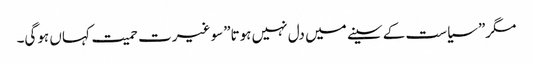
مگر”سیاست کے سینے میں دل نہیں ہوتا”سو غیرت حمیت کہاں ہوگی۔